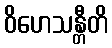
ဝိဟေသန္တီတိ